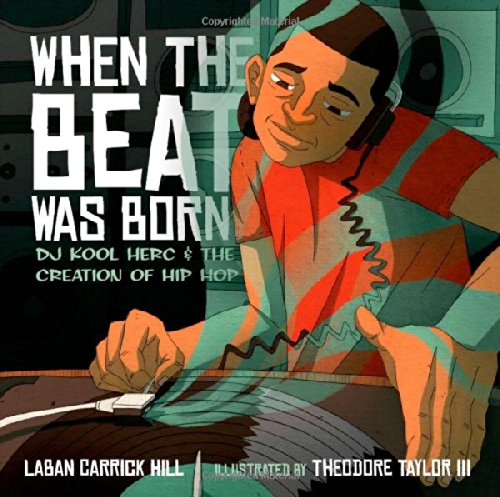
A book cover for When the Beat Was Born: DJ Kool Herc and the Creation of Hip Hop (Coretta Scott King - John Steptoe Award for New Talent); Laban Carrick Hill; Children's Books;